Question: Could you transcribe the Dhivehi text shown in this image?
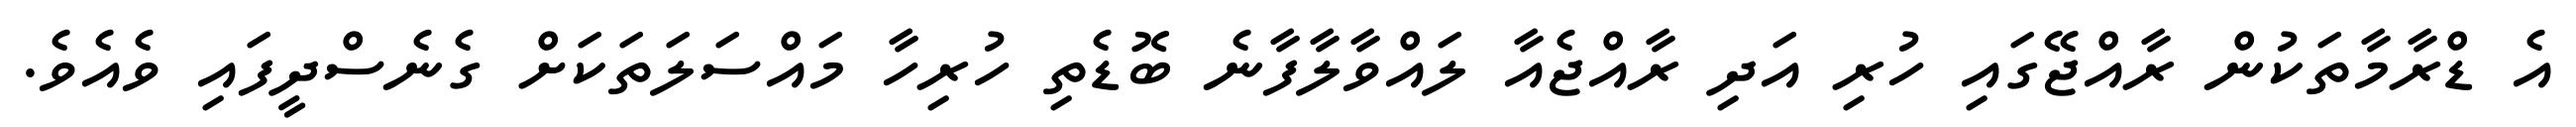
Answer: އެ ޑްރާމާތަކުން ރާއްޖޭގައި ހުރި އަދި ރާއްޖެއާ ލައްވާލާފާނެ ބޮޑެތި ހުރިހާ މައްސަލަތަކަށް ގެނެސްދީފައި ވެއެވެ.